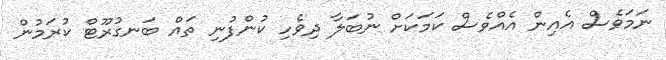
ނަމަވެސް އެއިން އެއްވެސް ކަމަކަށް ނުބަލާ ދިވެހި ކުންފުނި ތައް ބަނގުރޫޓް ކުރަމުން